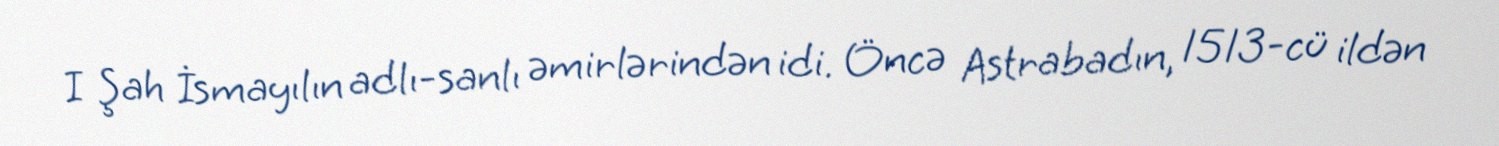
I Şah İsmayılın adlı-sanlı əmirlərindən idi. Öncə Astrabadın, 1513-cü ildən